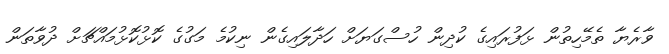
ވާރެޔާ ތެމޭހިތުން ޅަފުރައިގެ ކުދިން ހުސްގަޔަށް ހަދާލައިގެން ނިކުމެ މަގުގެ ކޮޅުކޮޅުމައްޗަށް ދުވާތަން